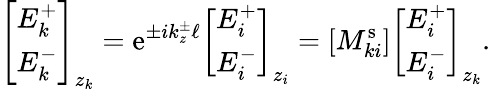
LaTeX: \left[\begin{array}{l}{E_{k}^{+}}\\ {E_{k}^{-}}\end{array}\right]_{z_{k}}=\mathrm{e}^{\pm ik_{z}^{\pm}\ell}\left[\begin{array}{l}{E_{i}^{+}}\\ {E_{i}^{-}}\end{array}\right]_{z_{i}}=[M_{ki}^{\mathrm{s}}]\left[\begin{array}{l}{E_{i}^{+}}\\ {E_{i}^{-}}\end{array}\right]_{z_{k}}.